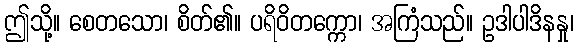
ဤသို့။ စေတသော၊ စိတ်၏။ ပရိဝိတက္ကော၊ အကြံသည်။ ဥဒါပါဒိနနှု၊